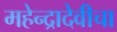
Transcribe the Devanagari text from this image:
महेन्द्रादेवीचा